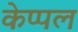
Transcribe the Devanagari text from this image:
केप्पल